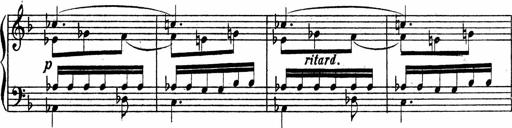
Title: Piano Sonata
Composer: Karl HÃ¤ssler
Key: C major